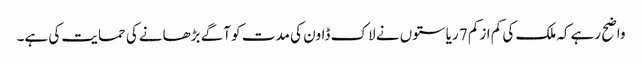
واضح رہےکہ ملک کی کم ازکم 7 ریاستوں نے لاک ڈاون کی مدت کو آگے بڑھانےکی حمایت کی ہے۔